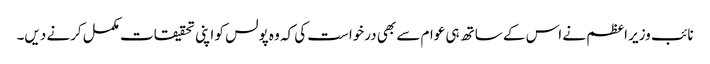
نائب وزیر اعظم نے اس کے ساتھ ہی عوام سے بھی درخواست کی کہ وہ پولس کو اپنی تحقیقات مکمل کرنے دیں۔